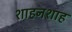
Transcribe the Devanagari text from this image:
शाहनशाह